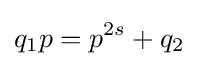
q_{1}p=p^{2s}+q_{2}